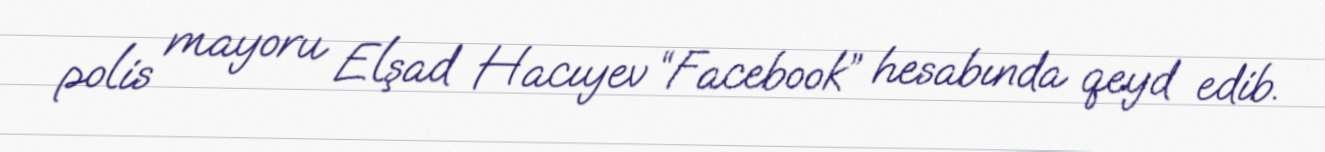
polis mayoru Elşad Hacıyev “Facebook” hesabında qeyd edib.